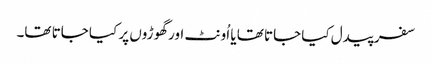
سفر پیدل کیا جاتا تھا یا اُونٹ اور گھوڑوں پر کیا جاتا تھا۔